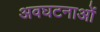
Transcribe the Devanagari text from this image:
अवघटनाओं